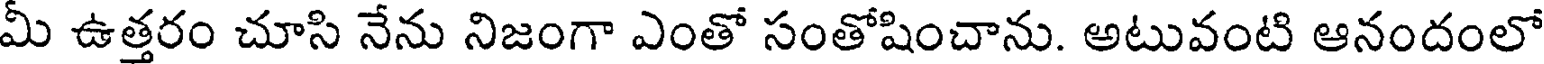
మీ ఉత్తరం చూసి నేను నిజంగా ఎంతో సంతోషించాను. అటువంటి ఆనందంలో